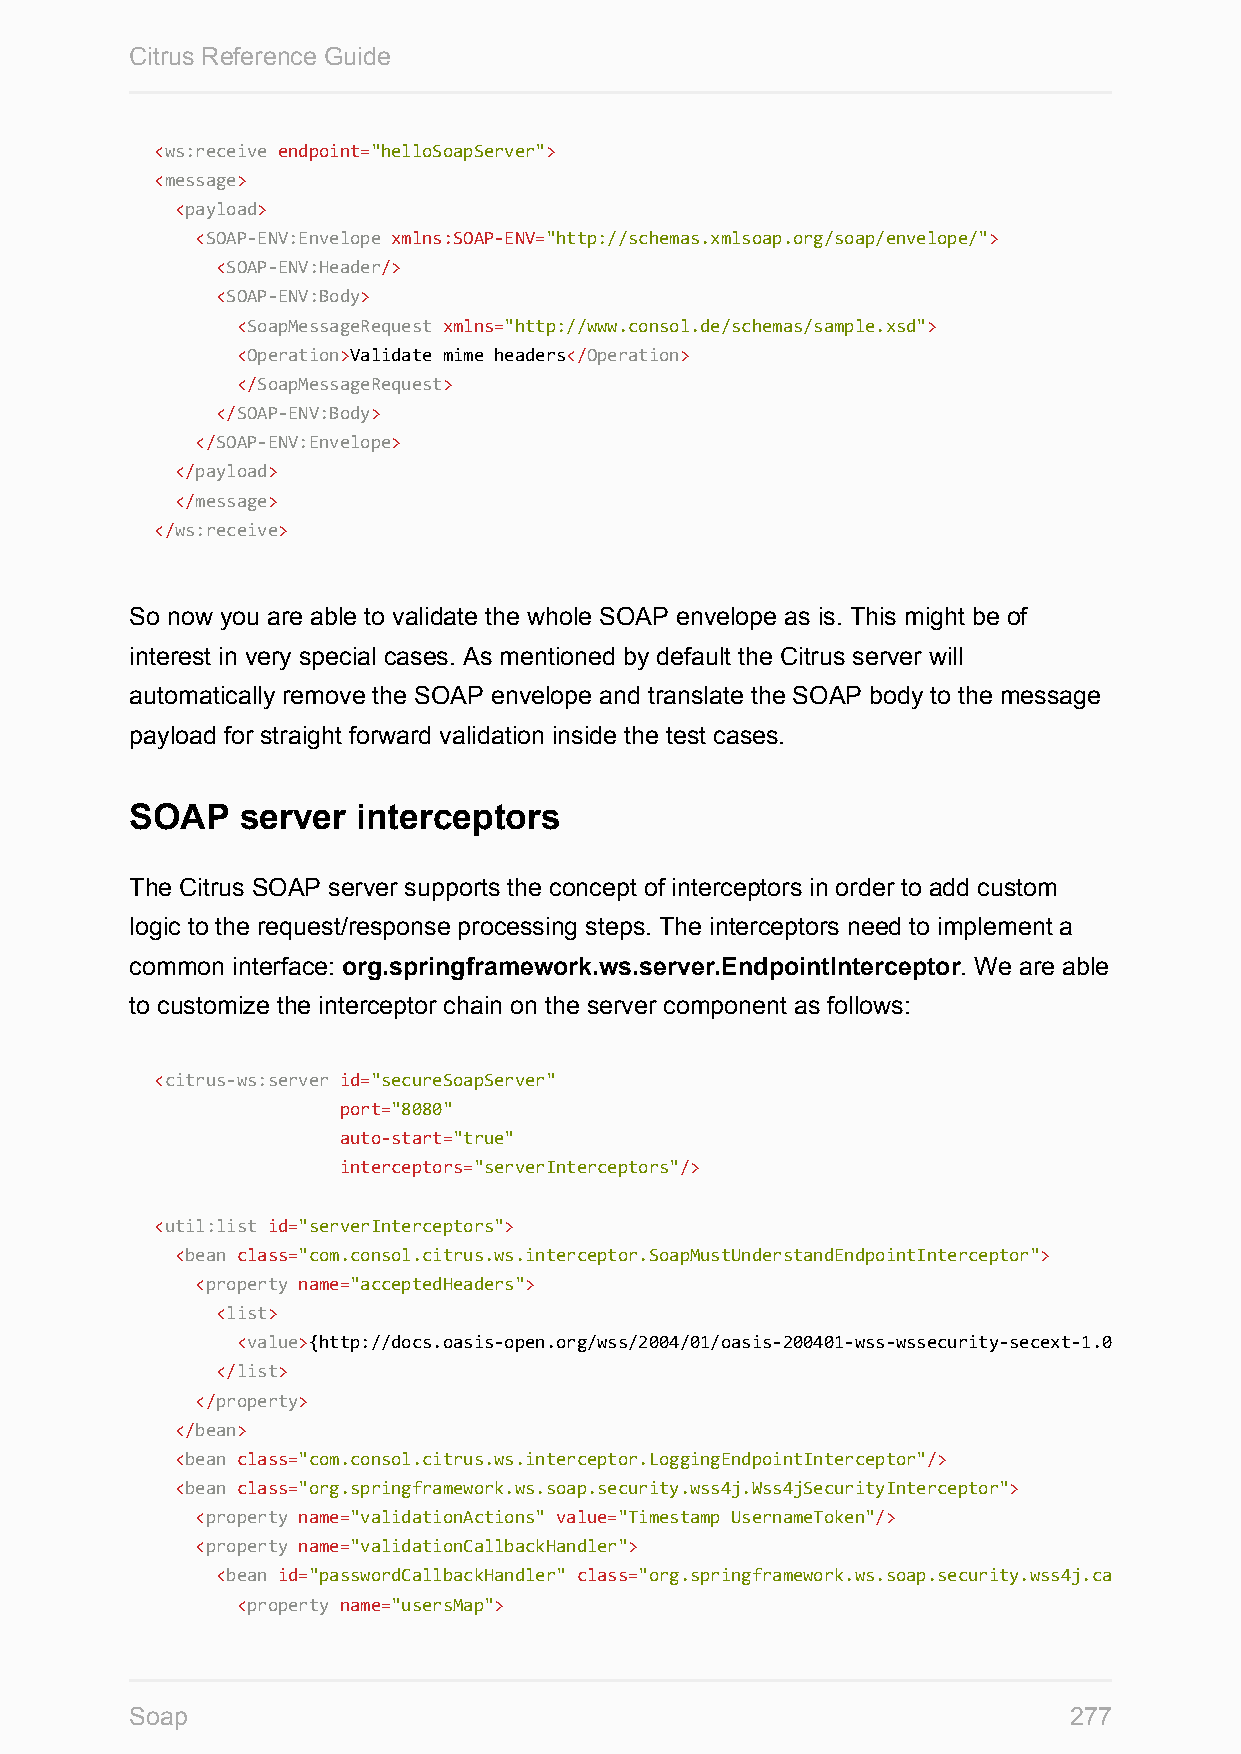
Citrus Reference Guide
 <ws:receive endpoint="helloSoapServer">
 <message>
 <payload>
 <SOAP-ENV:Envelope xmlns:SOAP-ENV="http://schemas.xmlsoap.org/soap/envelope/">
 <SOAP-ENV:Header/>
 <SOAP-ENV:Body>
 <SoapMessageRequest xmlns="http://www.consol.de/schemas/sample.xsd">
 <Operation>Validate mime headers</Operation>
 </SoapMessageRequest>
 </SOAP-ENV:Body>
 </SOAP-ENV:Envelope>
 </payload>
 </message>
 </ws:receive>
 So now you are able to validate the whole SOAP envelope as is. This might be of
 interest in very special cases. As mentioned by default the Citrus server will
 automatically remove the SOAP envelope and translate the SOAP body to the message
 payload for straight forward validation inside the test cases.
 SOAP   server  interceptors
 The Citrus SOAP server supports the concept of interceptors in order to add custom
 logic to the request/response processing steps. The interceptors need to implement a
 common interface: org.springframework.ws.server.EndpointInterceptor. We are able
 to customize the interceptor chain on the server component as follows:
 <citrus-ws:server id="secureSoapServer"
 port="8080"
 auto-start="true"
 interceptors="serverInterceptors"/>
 <util:list id="serverInterceptors">
 <bean class="com.consol.citrus.ws.interceptor.SoapMustUnderstandEndpointInterceptor">
 <property name="acceptedHeaders">
 <list>
 <value>{http://docs.oasis-open.org/wss/2004/01/oasis-200401-wss-wssecurity-secext-1.0.xsd}Security
 </list>
 </property>
 </bean>
 <bean class="com.consol.citrus.ws.interceptor.LoggingEndpointInterceptor"/>
 <bean class="org.springframework.ws.soap.security.wss4j.Wss4jSecurityInterceptor">
 <property name="validationActions" value="Timestamp UsernameToken"/>
 <property name="validationCallbackHandler">
 <bean id="passwordCallbackHandler" class="org.springframework.ws.soap.security.wss4j.callback.SimplePasswordValidationCallbackHandler"
 <property name="usersMap">
 Soap                                                          277